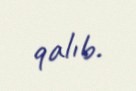
qalıb.